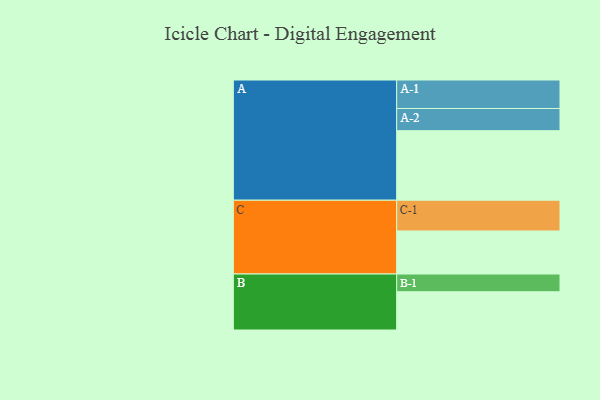
{"axis": {"x": "Segment", "y": "Value"}, "legend": ["", "A", "B", "C"], "data": [{"x": "A", "y": 554, "type": ""}, {"x": "B", "y": 305, "type": ""}, {"x": "C", "y": 343, "type": ""}, {"x": "A-1", "y": 227, "type": "A"}, {"x": "A-2", "y": 177, "type": "A"}, {"x": "B-1", "y": 141, "type": "B"}, {"x": "C-1", "y": 245, "type": "C"}]}